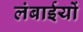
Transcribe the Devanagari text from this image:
लंबाईयों